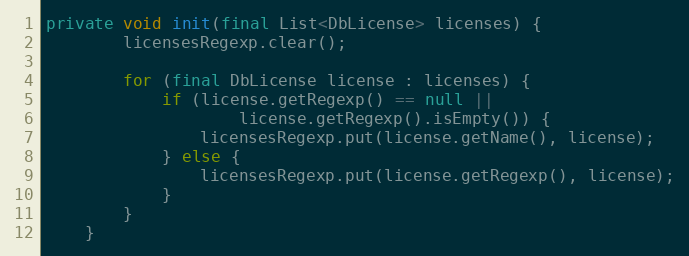
Language: Java
private void init(final List<DbLicense> licenses) {
        licensesRegexp.clear();

        for (final DbLicense license : licenses) {
            if (license.getRegexp() == null ||
                    license.getRegexp().isEmpty()) {
                licensesRegexp.put(license.getName(), license);
            } else {
                licensesRegexp.put(license.getRegexp(), license);
            }
        }
    }